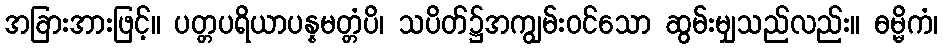
အခြားအားဖြင့်။ ပတ္တပရိယာပန္နမတ္တံပိ၊ သပိတ်၌အကျွမ်းဝင်သော ဆွမ်းမျှသည်လည်း။ ဓမ္မိကံ၊